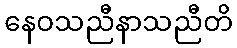
နေဝသညီနာသညီတိ